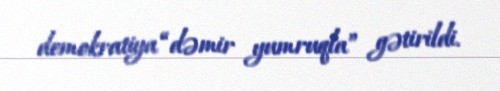
demokratiya “dəmir yumruqla” gətirildi.